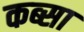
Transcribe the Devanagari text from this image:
कब्सा